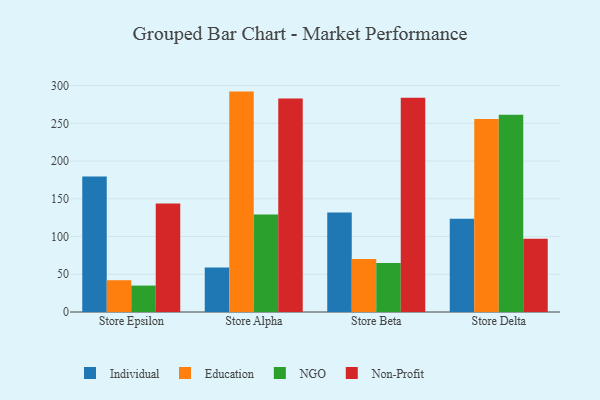
{"axis": {"x": "Store", "y": "Gross Profit (USD K)"}, "legend": ["Education", "Individual", "NGO", "Non-Profit"], "data": [{"x": "Store Epsilon", "y": 179.6, "type": "Individual"}, {"x": "Store Epsilon", "y": 42.1, "type": "Education"}, {"x": "Store Epsilon", "y": 35.0, "type": "NGO"}, {"x": "Store Epsilon", "y": 143.7, "type": "Non-Profit"}, {"x": "Store Alpha", "y": 58.8, "type": "Individual"}, {"x": "Store Alpha", "y": 292.0, "type": "Education"}, {"x": "Store Alpha", "y": 129.1, "type": "NGO"}, {"x": "Store Alpha", "y": 282.7, "type": "Non-Profit"}, {"x": "Store Beta", "y": 131.7, "type": "Individual"}, {"x": "Store Beta", "y": 70.1, "type": "Education"}, {"x": "Store Beta", "y": 65.0, "type": "NGO"}, {"x": "Store Beta", "y": 283.9, "type": "Non-Profit"}, {"x": "Store Delta", "y": 123.5, "type": "Individual"}, {"x": "Store Delta", "y": 255.7, "type": "Education"}, {"x": "Store Delta", "y": 261.3, "type": "NGO"}, {"x": "Store Delta", "y": 97.2, "type": "Non-Profit"}]}